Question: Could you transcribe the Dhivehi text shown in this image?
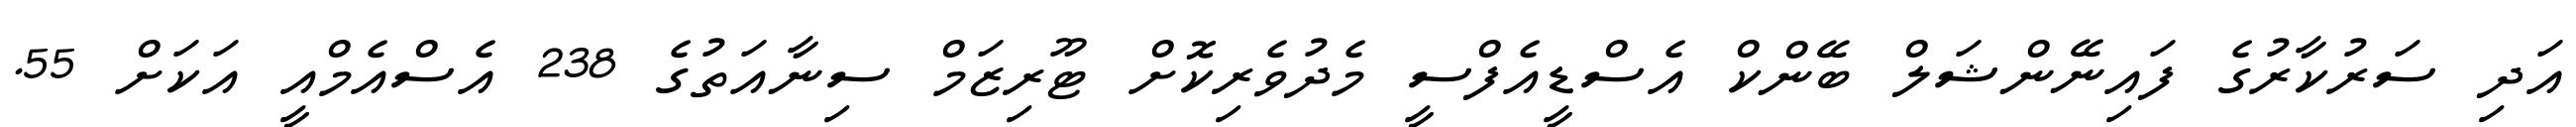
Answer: އަދި ސަރުކާރުގެ ފައިނޭންޝަލް ބޭންކް އެސްޑީއެފްސީ މެދުވެރިކޮށް ޓޫރިޒަމް ސިނާއަތުގެ 238 އެސްއެމްއީ އަކަށް 55.